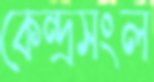
কেন্দ্রসংল